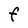
Character: F